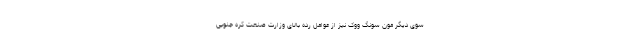
سوی دیگر مون سونگ ووک نیز از عوامل رده بالای وزارت صنعت کره جنوبی